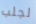
لجلب